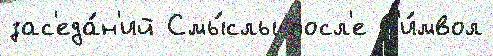
зас'еда́н'ий Смы́слы посл'е С'и́мвол